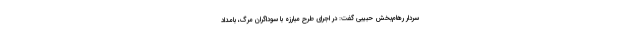
سردار رهام‌بخش حبیبی گفت: در اجرای طرح مبارزه با سوداگران مرگ، بامداد